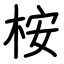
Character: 桉